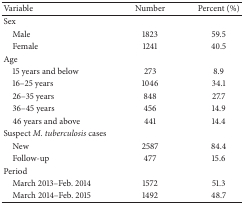
<table><thead><tr><td><b>Variable</b></td><td><b>Number</b></td><td><b>Percent (%)</b></td></tr></thead><tbody><tr><td>Sex</td><td colspan="2"> </td></tr><tr><td> Male</td><td>1823</td><td>59.5</td></tr><tr><td> Female</td><td>1241</td><td>40.5</td></tr><tr><td>Age</td><td> </td><td> </td></tr><tr><td> 15 years and below</td><td>273</td><td>8.9</td></tr><tr><td> 16–25 years</td><td>1046</td><td>34.1</td></tr><tr><td> 26–35 years</td><td>848</td><td>27.7</td></tr><tr><td> 36–45 years</td><td>456</td><td>14.9</td></tr><tr><td> 46 years and above</td><td>441</td><td>14.4</td></tr><tr><td>Suspect <i>M. tuberculosis</i> cases</td><td colspan="2"> </td></tr><tr><td> New</td><td>2587</td><td>84.4</td></tr><tr><td> Follow-up</td><td>477</td><td>15.6</td></tr><tr><td>Period</td><td colspan="2"> </td></tr><tr><td> March 2013–Feb. 2014</td><td>1572</td><td>51.3</td></tr><tr><td> March 2014–Feb. 2015</td><td>1492</td><td>48.7</td></tr></tbody></table>